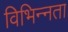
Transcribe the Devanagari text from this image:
विभिन्‍नता